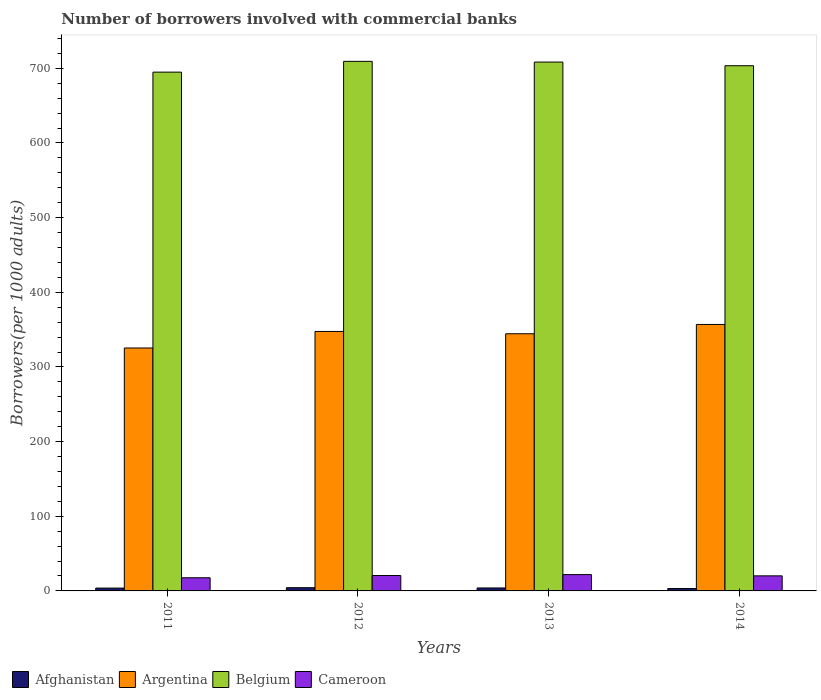
| Years | Afghanistan | Argentina | Belgium | Cameroon |
 | --- | --- | --- | --- | --- |
 | 2011 | 3.79 | 325 | 695 | 17.6 |
 | 2012 | 4.31 | 348 | 709 | 20.6 |
 | 2013 | 3.96 | 344 | 708 | 21.9 |
 | 2014 | 3.2 | 357 | 703 | 20.2 |